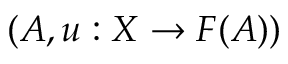
( A , u : X \to F ( A ) )